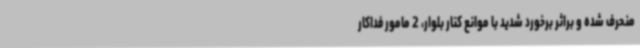
منحرف شده و براثر برخورد شدید با موانع کنار بلوار، 2 مامور فداکار